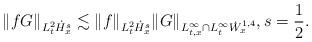
LaTeX: \begin{align*}\| f G\|_{L^2_{t} \dot H^s_{x}} \lesssim \|f \|_{L^2_{t} \dot H^s_{x}} \|G\|_{L^\infty_{t,x} \cap L^\infty_{t} \dot W^{1,4}_{x}}, s = \frac12.\end{align*}